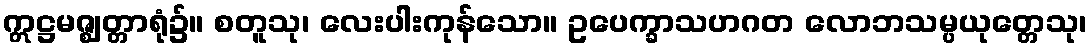
ဣဋ္ဌမဇ္ဈတ္တာရုံ၌။ စတူသု၊ လေးပါးကုန်သော။ ဥပေက္ခာသဟဂတ လောဘသမ္ပယုတ္တေသု၊